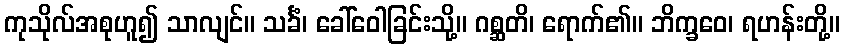
ကုသိုလ်အစုဟူ၍ သာလျင်။ သင်္ခံ၊ ခေါ်ဝေါခြင်းသို့။ ဂစ္ဆတိ၊ ရောက်၏။ ဘိက္ခဝေ၊ ရဟန်းတို့။